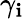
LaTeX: \gamma_{\mathbf{i}}